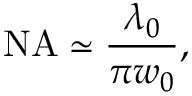
{ \mathrm { N A } } \simeq { \frac { \lambda _ { 0 } } { \pi w _ { 0 } } } ,